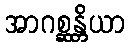
အာဂစ္ဆန္တိယာ